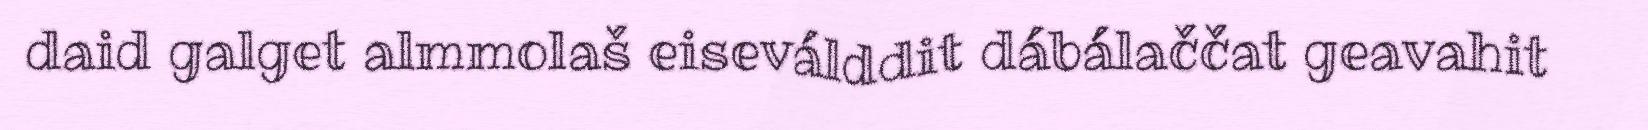
daid galget almmolaš eiseválddit dábálaččat geavahit